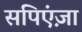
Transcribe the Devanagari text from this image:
सपिएंज़ा